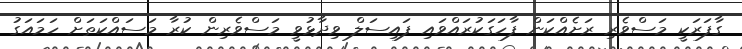
ގާފަރަކީ މަސްވެރި ރަށެއްކަން ފާހަގަކުރައްވައި ފައިސަލް ވިދާޅުވީ މަސްވެރިން ކުރާ މަސައްކަތަށް ހަމައަގު